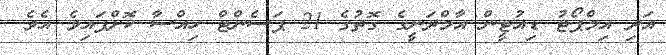
އަދި އިމްޕޯޓު ޑިއުޓީން އާމްދަނީގެ ގޮތުގެ 21 ޕަސެންޓް ހިއްސާ ކޮށްފައިވެ އެވެ.